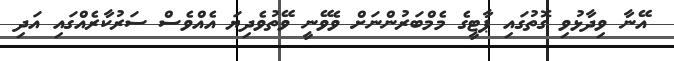
އޭނާ ވިދާޅުވި ގޮތުގައި ޕާޓީގެ މެމްބަރުންނަށް ވެވޭނީ ވޭތުވެދިޔަ އެއްވެސް ސަރުކާރެއްގައި އަދި